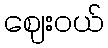
ဈေးဝယ်